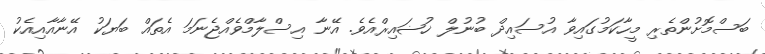
ބަސްމޮށުންތެރި މީހާކަމުގައިވާ އުސައިދް ބުނުލް ޚުޟައިރްއެވެ. އޭނާ އިސްލާމްވެއްޖެނަމަ އެތައް ބަޔަކު އޭނާއާއިއެކު